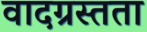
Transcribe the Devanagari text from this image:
वादग्रस्तता